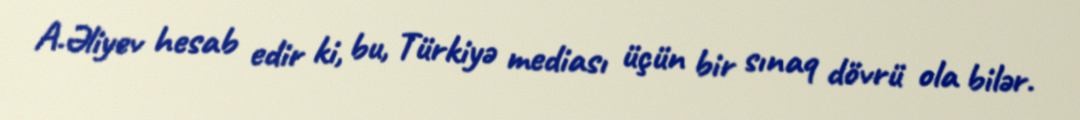
A.Əliyev hesab edir ki, bu, Türkiyə mediası üçün bir sınaq dövrü ola bilər.